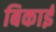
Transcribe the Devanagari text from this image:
बिकाई